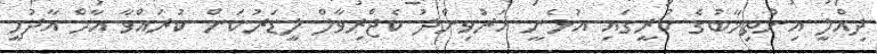
ދިއްލީ އިންތިޚާބުގެ ކުރީގައި އުޅެނީ އަރުވިންދު ކެޖްރިވާލް ލީޑަރުކަން ކުރައްވާ އާމް އާދުމީ